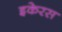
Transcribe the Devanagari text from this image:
इकेरस